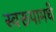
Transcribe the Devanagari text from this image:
स्वरूपामधे